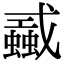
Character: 𢨜